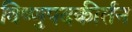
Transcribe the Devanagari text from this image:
विष्णुपदकीर्तन